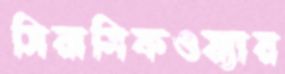
সিরামিকওয়্যার